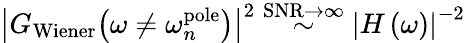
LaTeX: \big|G_{\mathrm{Wiener}}\big(\omega\neq\omega_{n}^{\mathrm{pole}}\big)\big|^{2}\stackrel{\mathrm{SNR}\to\infty}{\sim}\left|H\left(\omega\right)\right|^{-2}